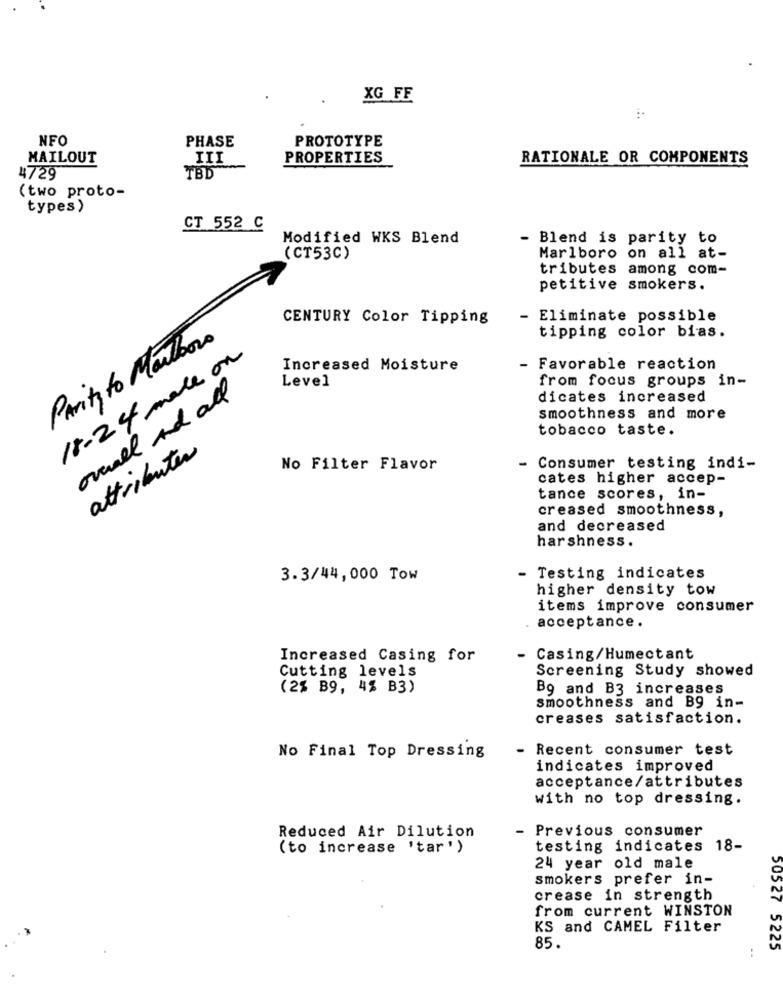
XG FF
NFO
PHASE
PROTOTYPE
MAILOUT
III
PROPERTIES
RATIONALE OR COMPONENTS
4729
TBD
(two proto-
types)
CT 552 C
Modified WKS Blend
- Blend is parity to
(CT53C)
Marlboro on all at-
tributes among com-
petitive smokers.
CENTURY Color Tipping
- Eliminate possible
PARity to Marlboro
tipping color bias.
18.24 male on
Increased Moisture
- Favorable reaction
Level
from focus groups in-
overall And all
dicates increased
smoothness and more
tobacco taste.
attributes
No Filter Flavor
Consumer testing indi-
cates higher accep-
tance scores, in-
creased smoothness,
and decreased
harshness.
3.3/44,000 Tow
- Testing indicates
higher density tow
items improve consumer
acceptance.
Increased Casing for
- Casing/Humectant
Cutting levels
Screening Study showed
(2% B9, 4% B3)
Bg and B3 increases
smoothness and B9 in-
creases satisfaction.
- Recent consumer test
No Final Top Dressing
indicates improved
acceptance/attributes
with no top dressing.
Reduced Air Dilution
Previous consumer
(to increase 'tar')
testing indicates 18-
24 year old male
smokers prefer in-
crease in strength
from current WINSTON
KS and CAMEL Filter
85.
50527 5225